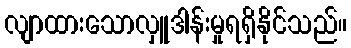
လျာထားသောလှူဒါန်းမှုရရှိနိုင်သည်။